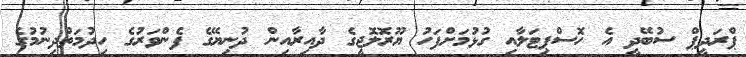
ޕްރަދީޕް ސުބޭދީ އެ ހޮސްޕިޓަލާއި ގުޅުމަށްފަހު ޔޫރޮލޮޖީގެ ދާއިރާއިން ދުނިޔޭގެ ފެންވަރުގެ ހިދުމަތްދިނުމުގެ